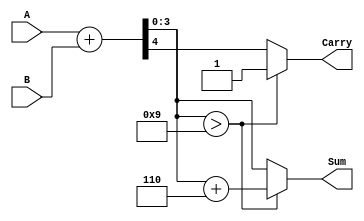
module BCD_Adder (
    input  wire [3:0] A,    // First BCD digit
    input  wire [3:0] B,    // Second BCD digit
    output reg  [3:0] Sum,   // Resulting BCD sum
    output reg  Carry        // Carry out
);

    // Intermediate signals
    wire [4:0] binary_sum; // 5 bits to accommodate carry from addition
    wire correction_needed; // Flag for correction

    // Binary addition of A and B
    assign binary_sum = A + B;

    // Check if correction is needed (if binary_sum > 9)
    assign correction_needed = binary_sum[3:0] > 4'b1001;

    always @(*) begin
        if (correction_needed) begin
            // If correction is needed, add 6 (0110 in binary)
            Sum = binary_sum[3:0] + 4'b0110;
            Carry = 1'b1; // Set carry since we have overflowed BCD
        end else begin
            Sum = binary_sum[3:0]; // No correction needed
            Carry = binary_sum[4];  // Carry out from the addition
        end
    end

endmodule